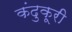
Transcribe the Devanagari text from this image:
कंदुकूरी